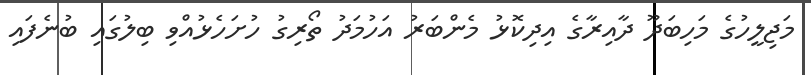
މަޖިލީހުގެ މަހިބަދޫ ދާއިރާގެ އިދިކޮޅު މެންބަރު އަހުމަދު ތޯރިގު ހުށަހެޅުއްވި ބިލުގައި ބުނެފައި